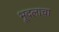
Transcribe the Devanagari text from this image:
भूदलाचा